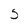
Character: 5